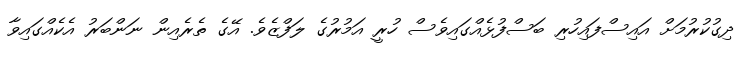
ދިގުކުރުމަށް އައިސްފައިހުރި ބަސްފުޅެއްގައިވެސް ހުރީ އަމުރުގެ ލަފްޒެވެ. އޭގެ ތެރެއިން ނަންބަރު އެކެއްގައިވާ